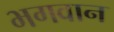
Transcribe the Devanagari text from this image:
भ्‍ागवान